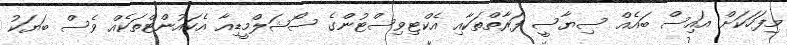
މިފަހަކަށް އައިސް ބައެއް ސިޔާސީ ފަރާތްތަކާއި އެކްޓިވިސްޓުންގެ ސޯޝަލްމީޑިއާ އެކައުންޓްތަކެއް ވެސް ބަޔަކު